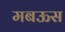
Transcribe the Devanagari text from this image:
मबऊस